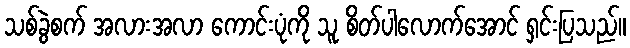
သစ်ခွဲစက် အလားအလာ ကောင်းပုံကို သူ စိတ်ပါလောက်အောင် ရှင်းပြသည်။